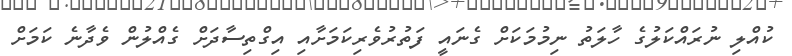
ކުއްލި ނުރައްކަލުގެ ހާލަތު ނިމުމަކަށް ގެނައީ ފަތުރުވެރިކަމަށާއި އިގްތިސާދަށް ގެއްލުން ވެދާނެ ކަމަށް